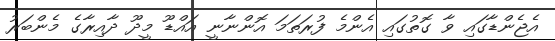
އެޖެންޑާގައި ވާ ގޮތުގައި އެންމެ ފުރަތަމަ އޮންނާނީ އައްޑޫ މީދޫ ދާއިރާގެ މެންބަރު